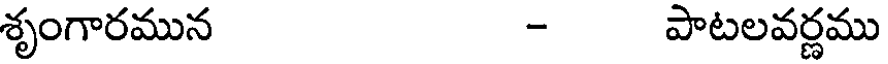
శృంగారమున - పాటలవర్ణము